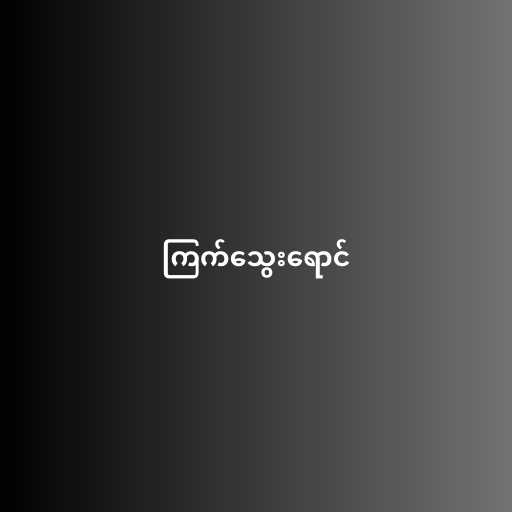
ကြက်သွေးရောင်